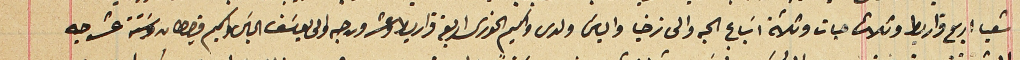
شعيا اربع قراريط وثلاث حبات وثلاثة اسَباع الحبه والى زخيا والياسَ ولدى واكيم الخورى اربعة قراريط وعشرون حبه والى يوسَف الياسَ واكيم قيراطان وستة عشر حبه